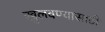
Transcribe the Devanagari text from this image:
खुलवण्यासाठी